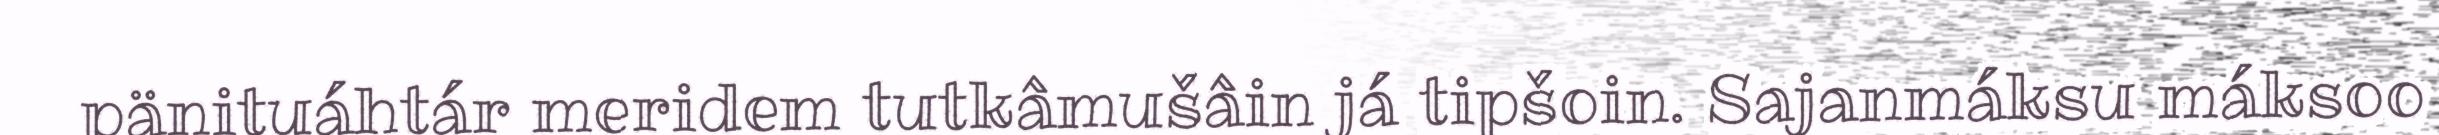
pänituáhtár meridem tutkâmušâin já tipšoin. Sajanmáksu máksoo